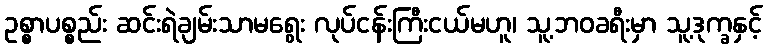
ဥစ္စာပစ္စည်း ဆင်းရဲချမ်းသာမရွေး လုပ်ငန်းကြီးငယ်မဟူ၊ သူ့ဘဝခရီးမှာ သူ့ဒုက္ခနှင့်